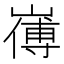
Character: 𭗚